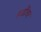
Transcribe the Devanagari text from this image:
रूढींवर